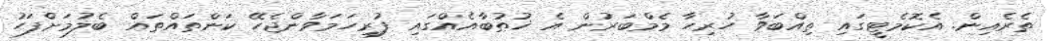
ތެރެއިން. އެކޮމެޓީގައި ތިއްބަވާ ހުރިހާ މެމްބަރުން އެ ޚުޠުބާއެއްގައި ފުރިހަމަވާންޖެހޭ ކަންތައްތައް ބެލުމަށްފަހު